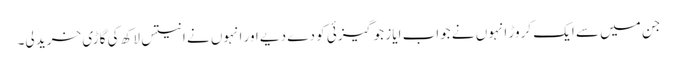
جن میں سے ایک کروڑ انہوں نے جواب ایاز جوگیزئی کو دے دیے اور انہوں نے انتیس لاکھ کی گاڑی خرید لی۔